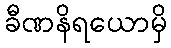
ခီဏနိရယောမှိ